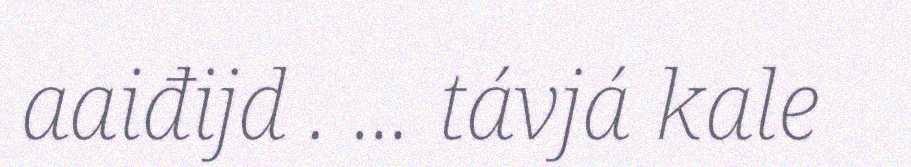
aaiđijd . … távjá kale